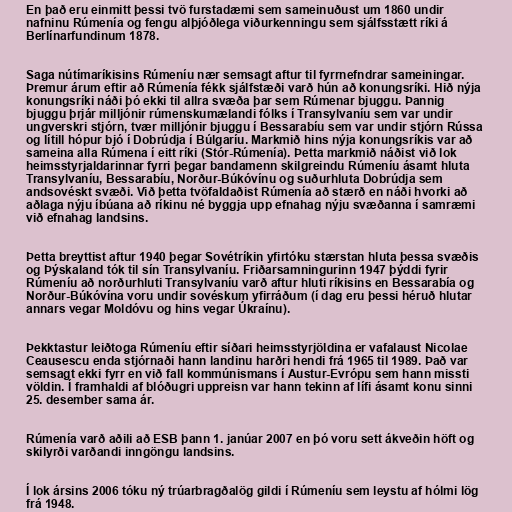
En það eru einmitt þessi tvö furstadæmi sem sameinuðust um 1860 undir
nafninu Rúmenía og fengu alþjóðlega viðurkenningu sem sjálfsstætt ríki á
Berlínarfundinum 1878.

Saga nútímaríkisins Rúmeníu nær semsagt aftur til fyrrnefndrar sameiningar.
Þremur árum eftir að Rúmenía fékk sjálfstæði varð hún að konungsríki. Hið nýja
konungsríki náði þó ekki til allra svæða þar sem Rúmenar bjuggu. Þannig
bjuggu þrjár milljónir rúmenskumælandi fólks í Transylvaníu sem var undir
ungverskri stjórn, tvær milljónir bjuggu í Bessarabíu sem var undir stjórn Rússa
og lítill hópur bjó í Dobrúdja í Búlgaríu. Markmið hins nýja konungsríkis var að
sameina alla Rúmena í eitt ríki (Stór-Rúmenía). Þetta markmið náðist við lok
heimsstyrjaldarinnar fyrri þegar bandamenn skilgreindu Rúmeníu ásamt hluta
Transylvaníu, Bessarabíu, Norður-Búkóvínu og suðurhluta Dobrúdja sem
andsovéskt svæði. Við þetta tvöfaldaðist Rúmenía að stærð en náði hvorki að
aðlaga nýju íbúana að ríkinu né byggja upp efnahag nýju svæðanna í samræmi
við efnahag landsins.

Þetta breyttist aftur 1940 þegar Sovétríkin yfirtóku stærstan hluta þessa svæðis
og Þýskaland tók til sín Transylvaníu. Friðarsamningurinn 1947 þýddi fyrir
Rúmeníu að norðurhluti Transylvaníu varð aftur hluti ríkisins en Bessarabía og
Norður-Búkóvína voru undir sovéskum yfirráðum (í dag eru þessi héruð hlutar
annars vegar Moldóvu og hins vegar Úkraínu).

Þekktastur leiðtoga Rúmeníu eftir síðari heimsstyrjöldina er vafalaust Nicolae
Ceausescu enda stjórnaði hann landinu harðri hendi frá 1965 til 1989. Það var
semsagt ekki fyrr en við fall kommúnismans í Austur-Evrópu sem hann missti
völdin. Í framhaldi af blóðugri uppreisn var hann tekinn af lífi ásamt konu sinni
25. desember sama ár.

Rúmenía varð aðili að ESB þann 1. janúar 2007 en þó voru sett ákveðin höft og
skilyrði varðandi inngöngu landsins.

Í lok ársins 2006 tóku ný trúarbragðalög gildi í Rúmeníu sem leystu af hólmi lög
frá 1948.